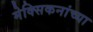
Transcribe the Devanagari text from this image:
मेक्सिकनांच्या